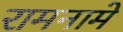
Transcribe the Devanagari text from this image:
रामनामे